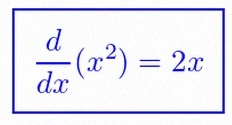
\frac{d}{dx}(x^2)=2x